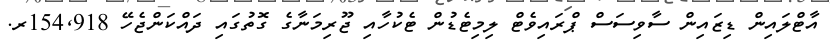
އާޓްލައިން ޑިޒައިން ސާވިސަސް ޕްރައިވެޓް ލިމިޓެޑުން ޓެކުހާއި ޖޫރިމަނާގެ ގޮތުގައި ދައްކަންޖެހޭ 154